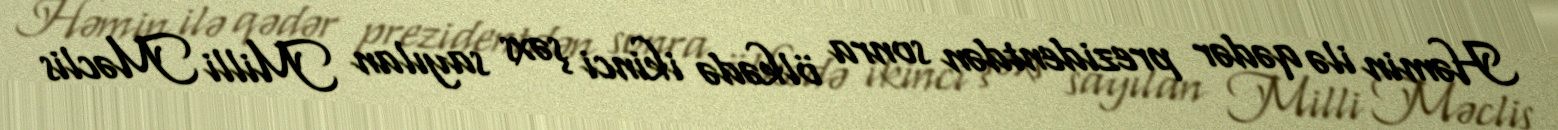
Həmin ilə qədər prezidentdən sonra ölkədə ikinci şəxs sayılan Milli Məclis